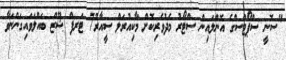
"ސޮނީ ސްޕޯޓްސްގެ އޮންލައިން ސްޓޯރު މެދުވެރިކޮށް މާކިއުރަލް ސީއާރު7 ޓަރފް ޝޫޒް ބައްލަވައިގަންނަވާ